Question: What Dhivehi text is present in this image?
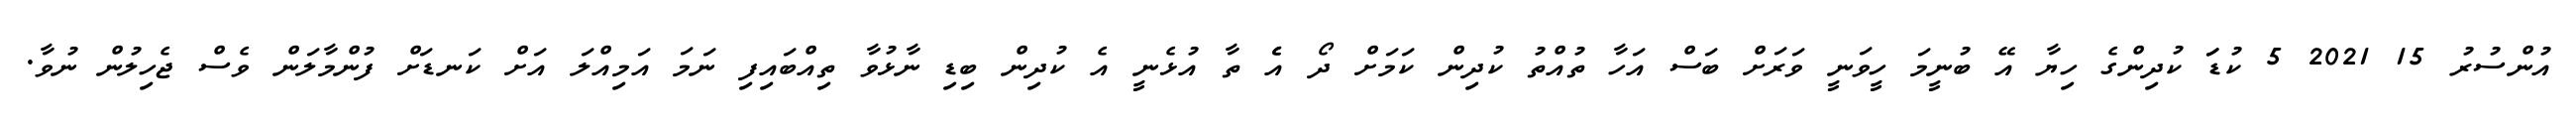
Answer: އުންސުރު 15 2021 5 ކުޑަަ ކުދިންގެ ހިޔާ އޭ ބުނީމަ ހީވަނީ ވަރަށް ބަސް އަހާ ތުއްތު ކުދިން ކަމަށް ދޯ އެެ ތާ އުޅެނީ އެ ކުދިން ބިޑި ނާޅުވާ ތިއްބައިފި ނަމަ އަމިއްލަ އަށް ކަނޑަށް ފުންމާލަން ވެސް ޖެހިލުން ނުވާ.